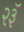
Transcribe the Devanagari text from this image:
२३ॅ